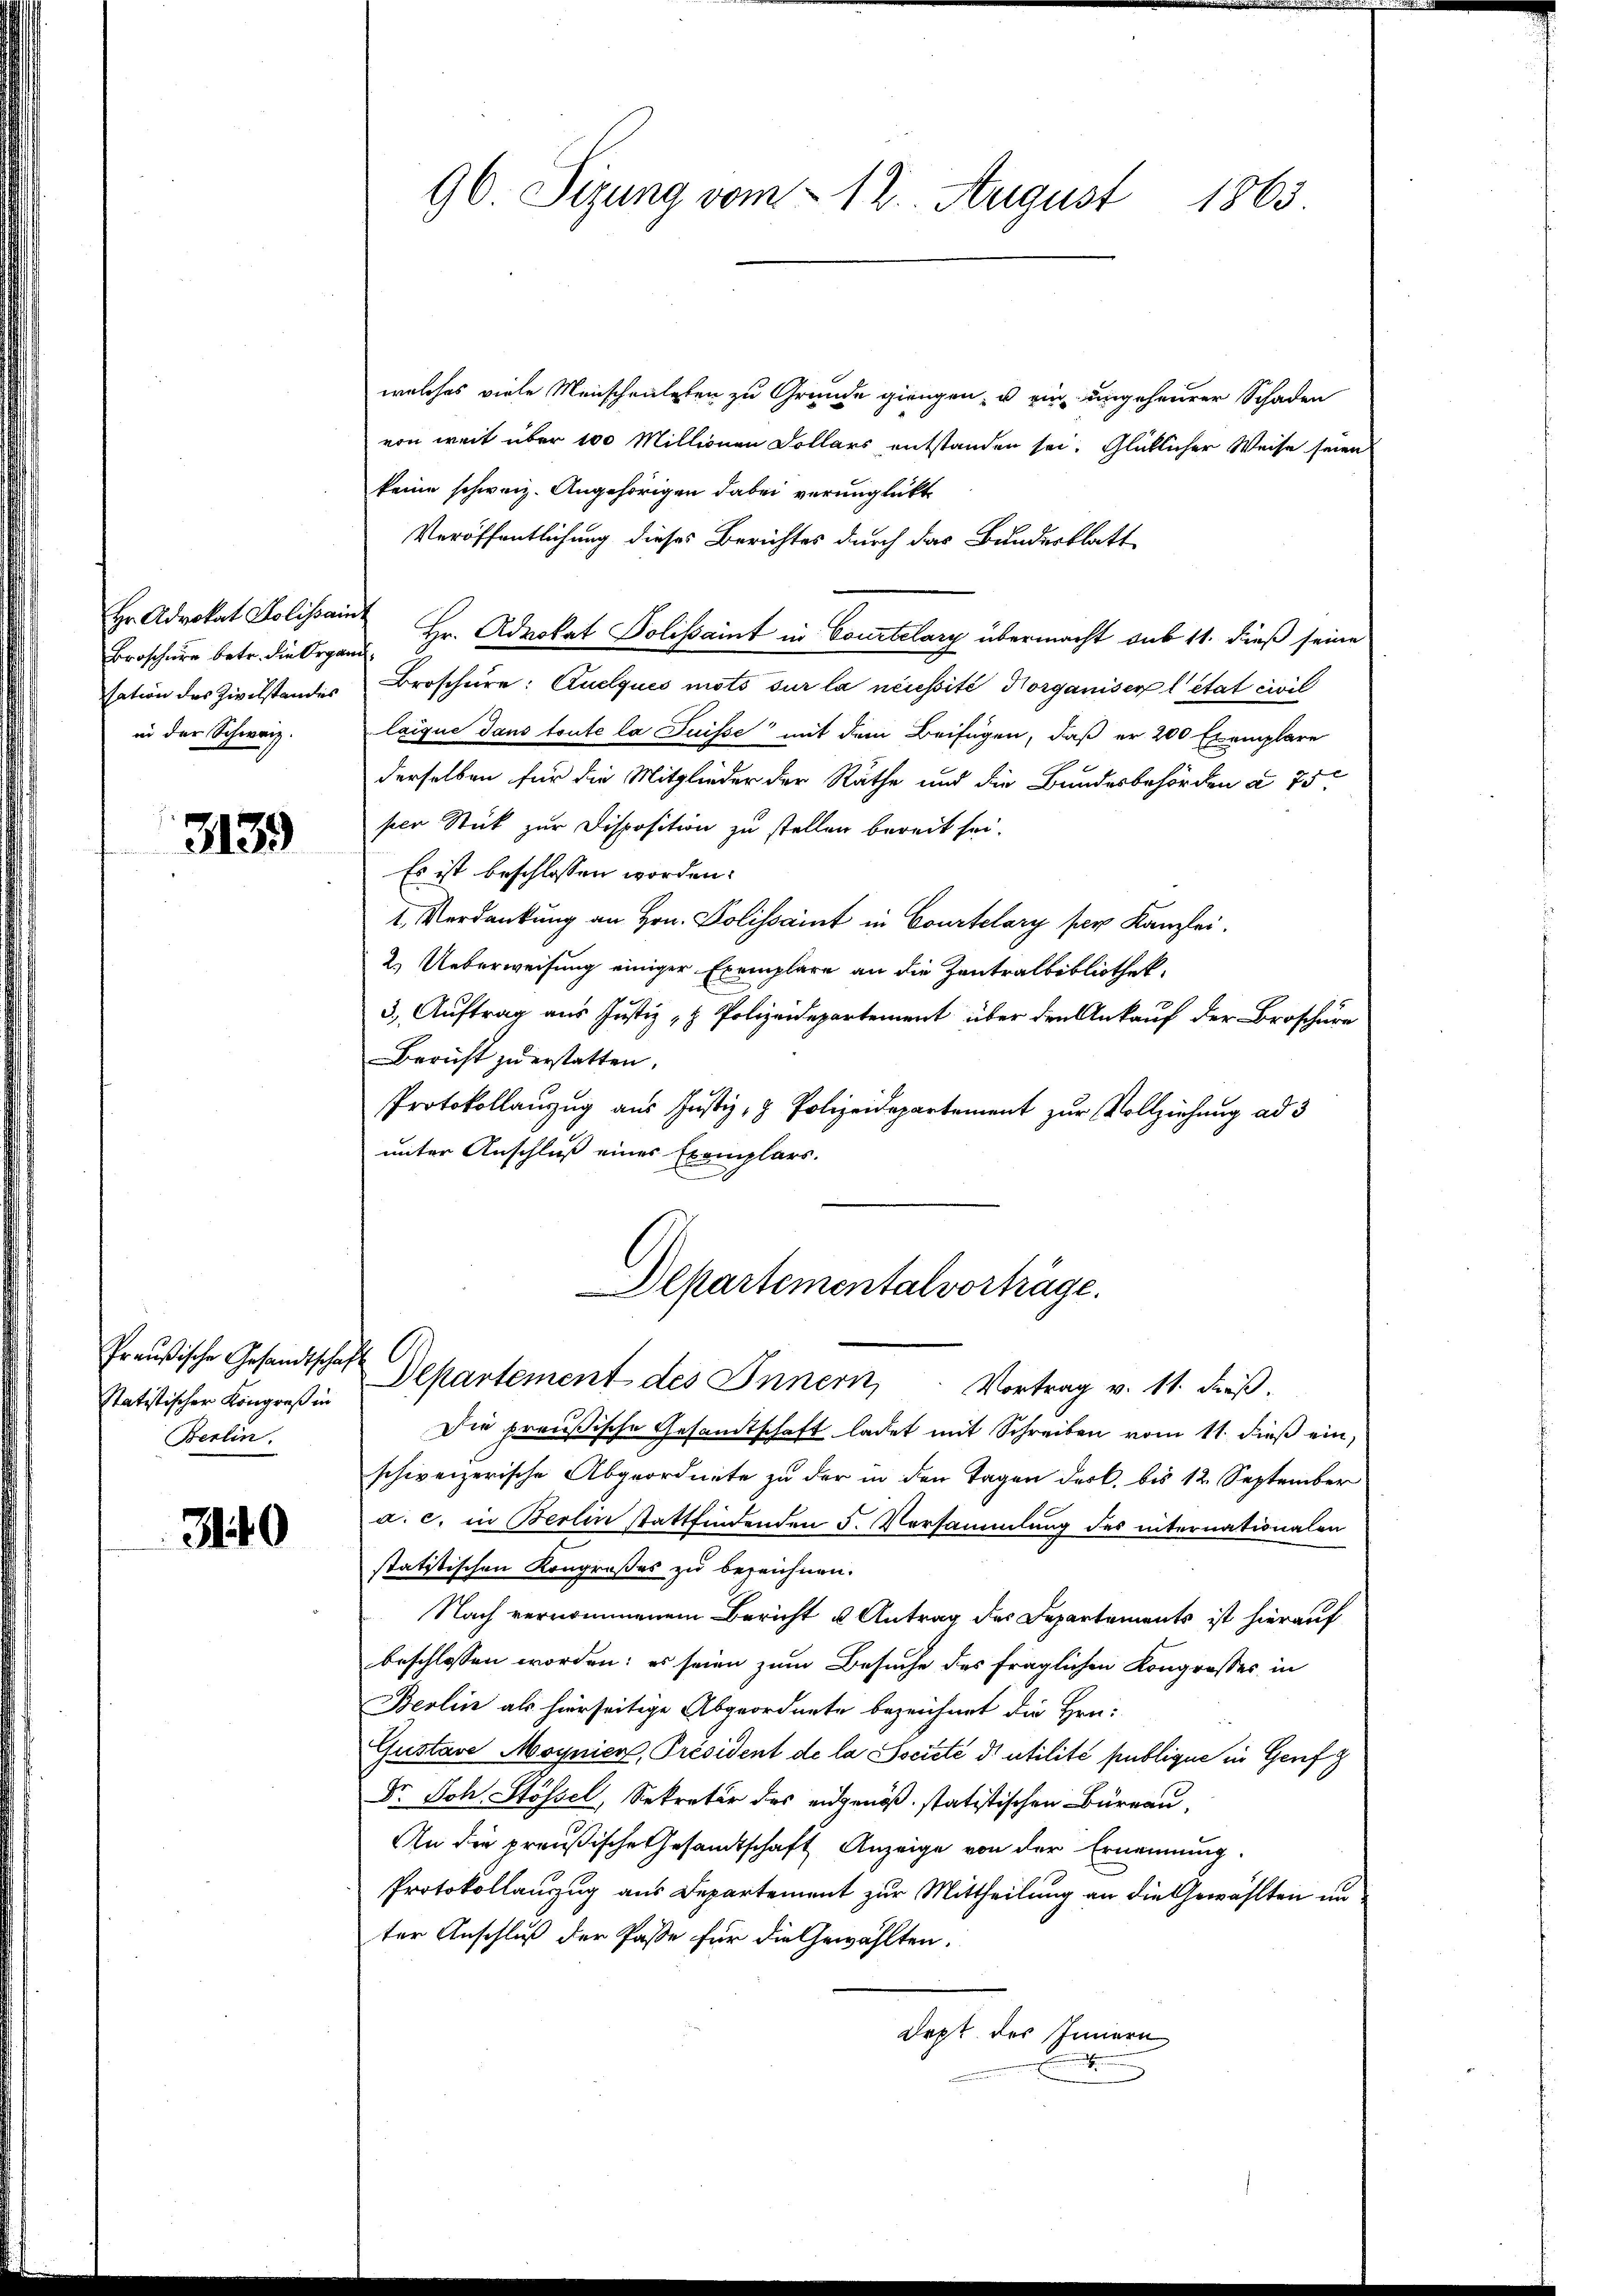
Hr. Advokat Solissain-
Broschüre betr. die Organi
sation des Zivilstandes
in der Schweiz.

3139

Statistischer Kongreß in
Berlin.

340

96. Sizung vom 12. August 1863.

welches viele Menscheuteten zu Grunde giengen, u ein ungeheurer Schaden
von weit über 100 Millionen Sollars entstanden sei. Glücklicher Weise seien
keine schweiz. Angehörigen dabei verunglickt
Veröffentlichung dieses Berichtes durch das Bundesblatt
 Hr. Advokat Dolissaint in Courtelary übermacht sub 11. dieß seine
Broschere: Quelques mots sur la nécessité Horganiser l’état civil
laique dans toute la Puisse mit dem Beifügen, daß er 200 Exemplare
derselben für die Mitglieder der Räthe und die Bundesbehörden a 75.
pen Stück zur Disposition zu stellen bereit sei.
Es ist beschlossen worden.
1. Verdankung an Hrn. Polissaint in Courtelary per Kanzlei.
2.) Ueberweisung einiger Exemplare an die Zentralbibliothek,
3. Auftrag aus Justiz, u. Polizeidepartement über den Ankauf der Broschure
Bericht zu erstatten.
Protokollanzug aus Justiz- & Polizeidepartement zur Vollziehung ad 3
unter Anschluß eines Exemplars.

Departementalvorträge.
Preußische Gesandtschaft Departement des Innern, Vortrag v. 11. dieß.

Die preußische Gesamtschaft ladet mit Schreiben vom 11. dieß ein,
schweizerische Abgeordnete zu der in den Tagen der k. bis 12 September
a. c. in Berlin stattfindenden 5. Vorsammlung des internationalen
statitischen Kongroßes zu bezeichnen.
Nach vernommenem Bericht u Antrag des Departements ist hierauf
beschlossen worden; es seien zum Besuche des fraglichen Kongrosses in
Berlin als hierseitige Abgeordnete bezeichnet die Hrn.
Gustave Moynier, Président de la Société d’utilité publique in Genf
Dr. Joh. Stössel, Sekretär des eidgenöß. statistischen Büreau,
An die preußische Gesandtschaft Anzeige von der Ernennung.
Protokollauszug aus Departement zur Mittheilung an die Gewählten un
ter Anschluß der Pässe für die Gewählten.
dept des Innern